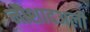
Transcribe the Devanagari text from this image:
नौशादअली